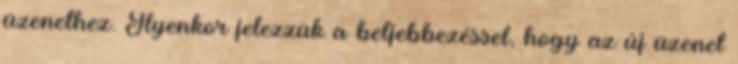
üzenethez. Ilyenkor jelezzük a beljebbezéssel, hogy az új üzenet